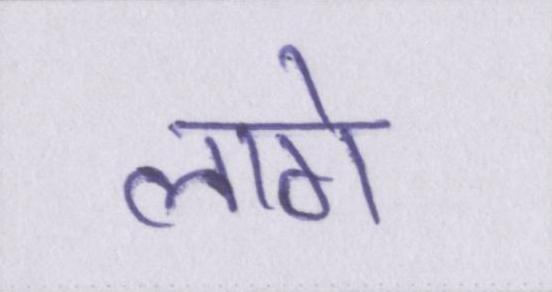
लागे